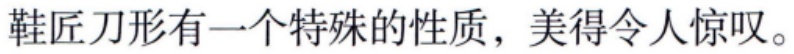
鞋匠刀形有一个特殊的性质，美得令人惊叹。